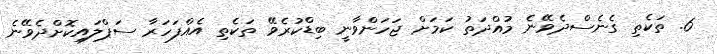
6. ތަކެތި ގެނެސްދެވޭނެ މުއްދަތު ކަމަށް ޖަހަންވާނީ ބިޑްކުރެވޭ ތަކެތި އެއްފަހަރާ ސަޕްލައިކޮށްދެވޭނެ